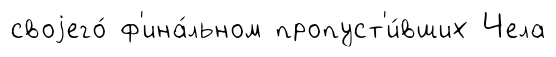
своjего́ ф'ина́льном пропуст'и́вших Чела